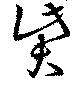
貲